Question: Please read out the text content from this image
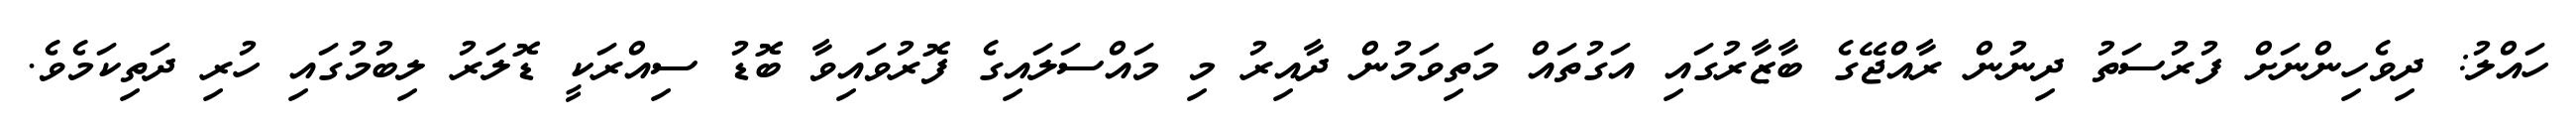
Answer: ހައްލު: ދިވެހިންނަށް ފުރުސަތު ދިނުން ރާއްޖޭގެ ބާޒާރުގައި އަގުތައް މަތިވަމުން ދާއިރު މި މައްސަލައިގެ ފޮރުވައިވާ ބޮޑު ސިއްރަކީ ޑޮލަރު ލިބުމުގައި ހުރި ދަތިކަމެވެ.